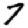
Digit: 7